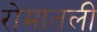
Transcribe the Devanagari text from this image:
रोमातली